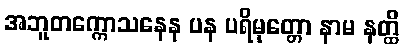
အဘူတက္ကောသနေန ပန ပရိမုတ္တော နာမ နတ္ထိ